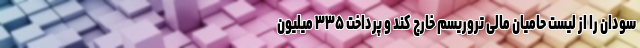
سودان را از لیست حامیان مالی تروریسم خارج کند و پرداخت ۳۳۵ میلیون